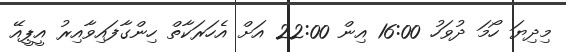
މިދިޔަ ހޯމަ ދުވަހު 16:00 އިން 22:00 އަށް އެހަރަކާތް ހިންގާފައިވާއިރު އީޕީއޭ